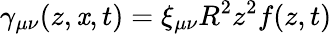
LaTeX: \gamma_{\mu\nu}(z,\mathit{x},t)=\xi_{\mu\nu}R^{2}z^{2}f(z,t)